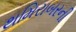
થમિરાબરની